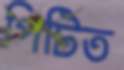
পিটিত